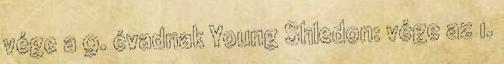
vége a 9. évadnak Young Shledon: vége az 1.